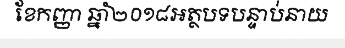
ខែកញ្ញា ឆ្នាំ២០១៨អត្ថបទបន្ទាប់នាយ